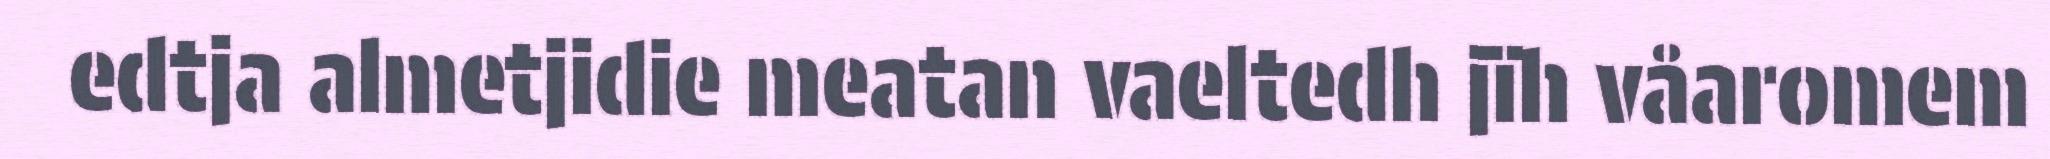
edtja almetjidie meatan vaeltedh jïh våaromem